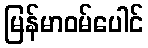
မြန်မာဝမ်ပေါင်